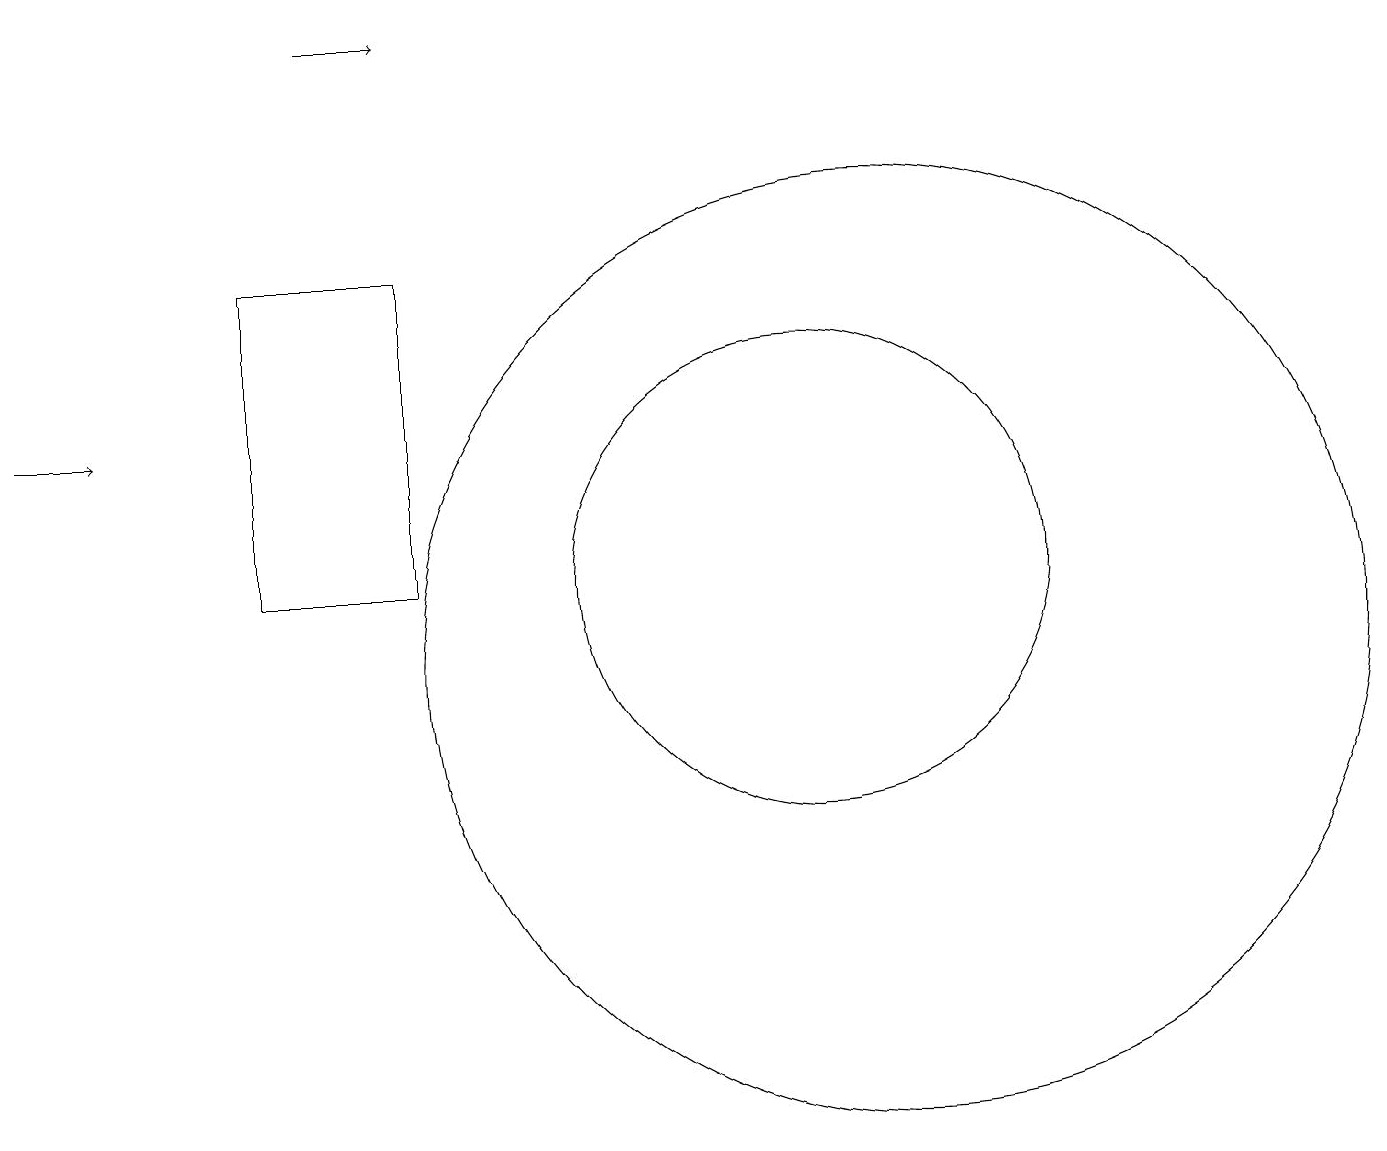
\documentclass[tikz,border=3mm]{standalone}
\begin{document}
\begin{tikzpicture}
\draw (10,12) circle (3);
\draw (5,16) rectangle (3,12);
\draw[->] (4,19) -- (5,19);
\draw (11,11) circle (6);
\draw[->] (0,14) -- (1,14);
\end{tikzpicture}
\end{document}